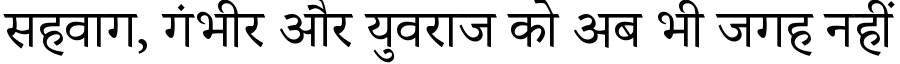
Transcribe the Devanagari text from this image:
सहवाग, गंभीर और युवराज को अब भी जगह नहीं